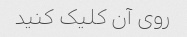
روی آن کلیک کنید